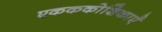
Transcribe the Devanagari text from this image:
एकककोशिकाएँ